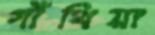
গাঁথিয়া